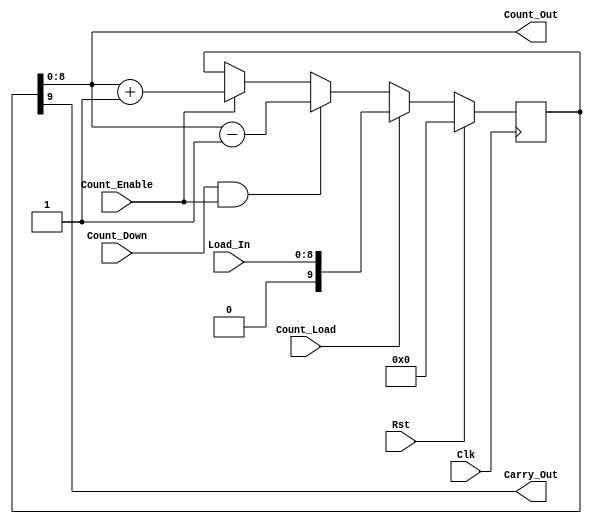
module counter_f (Clk, Rst, Load_In, Count_Enable, Count_Load, Count_Down, 
Count_Out, Carry_Out);

parameter C_NUM_BITS  = 9;
parameter C_FAMILY  = "nofamily";
input Clk; 
input Rst; 
input[C_NUM_BITS - 1:0] Load_In; 
input Count_Enable; 
input Count_Load; 
input Count_Down; 
output[C_NUM_BITS - 1:0] Count_Out; 
wire[C_NUM_BITS - 1:0] Count_Out;
output Carry_Out; 
wire Carry_Out;

reg[C_NUM_BITS:0] icount_out; 
wire[C_NUM_BITS:0] icount_out_x; 
wire[C_NUM_BITS:0] load_in_x; 

//-------------------------------------------------------------------
// Begin architecture
//-------------------------------------------------------------------
//-------------------------------------------------------------------
// Generate Inferred code
//-------------------------------------------------------------------
assign load_in_x = {1'b0, Load_In};
// Mask out carry position to retain legacy self-clear on next enable.
//        icount_out_x <= ('0' & icount_out(C_NUM_BITS-1 downto 0)); -- Echeck WA
assign icount_out_x = {1'b0, icount_out[C_NUM_BITS - 1:0]};

//---------------------------------------------------------------
// Process to generate counter with - synchronous reset, load,
// counter enable, count down / up features.
//---------------------------------------------------------------
always @(posedge Clk)
begin : CNTR_PROC
   if (Rst == 1'b1)
   begin
      icount_out <= {C_NUM_BITS-(0)+1{1'b0}} ; 
   end
   else if (Count_Load == 1'b1)
   begin
      icount_out <= load_in_x ; 
   end
   else if (Count_Down == 1'b1 & Count_Enable == 1'b1)
   begin
      icount_out <= icount_out_x - 1 ; 
   end
   else if (Count_Enable == 1'b1)
   begin
      icount_out <= icount_out_x + 1 ; 
   end  
end 
assign Carry_Out = icount_out[C_NUM_BITS] ;
assign Count_Out = icount_out[C_NUM_BITS - 1:0];
endmodule